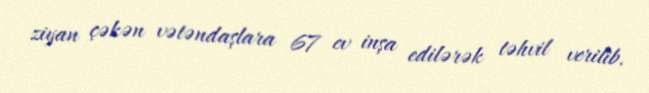
ziyan çəkən vətəndaşlara 67 ev inşa edilərək təhvil verilib.